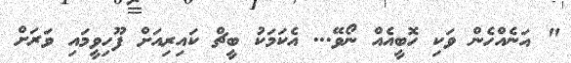
" އަނެއްހެން ވަކި ހޮބީއެއް ނޯވޭ... އެކަމަކު ބީޗް ކައިރިއަށް ފޫހިވީމައި ވަރަށް